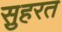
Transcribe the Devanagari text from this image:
स़ुहरत